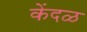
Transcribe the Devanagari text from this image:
केंदळ